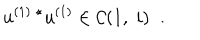
LaTeX: u ^ { ( 1 ) \; \star } u ^ { ( 1 ) } \in { \cal C } ( 1 , \; i ) \; \; .